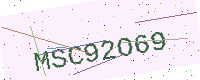
Text: MSC92O69